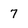
Character: 7